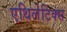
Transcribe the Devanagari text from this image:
एथिलेटिक्स